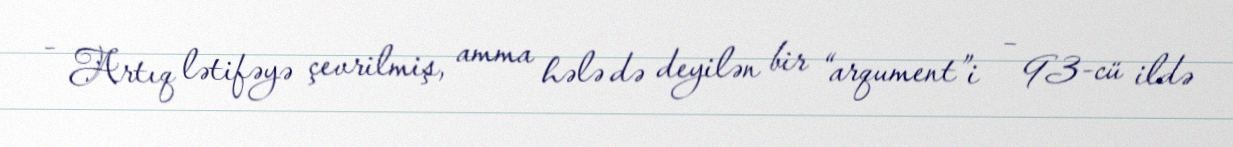
- Artıq lətifəyə çevrilmiş, amma hələ də deyilən bir “arqument”i – 93-cü ildə